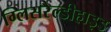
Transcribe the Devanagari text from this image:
ग्लिसरैल्डीहाइड